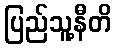
ပြည်သူ့နီတိ